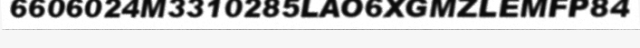
6606024M3310285LAO6XGMZLEMFP84